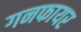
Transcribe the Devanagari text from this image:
गनफायर